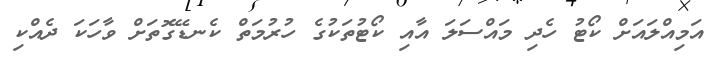
އަމިއްލައަށް ކޯޓު ހެދި މައްސަލަ އާއި ކޯޓުތަކުގެ ހުރުމަތް ކެނޑޭގޮތަށް ވާހަކަ ދެއްކި